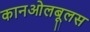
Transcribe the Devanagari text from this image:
कानओलबूलस